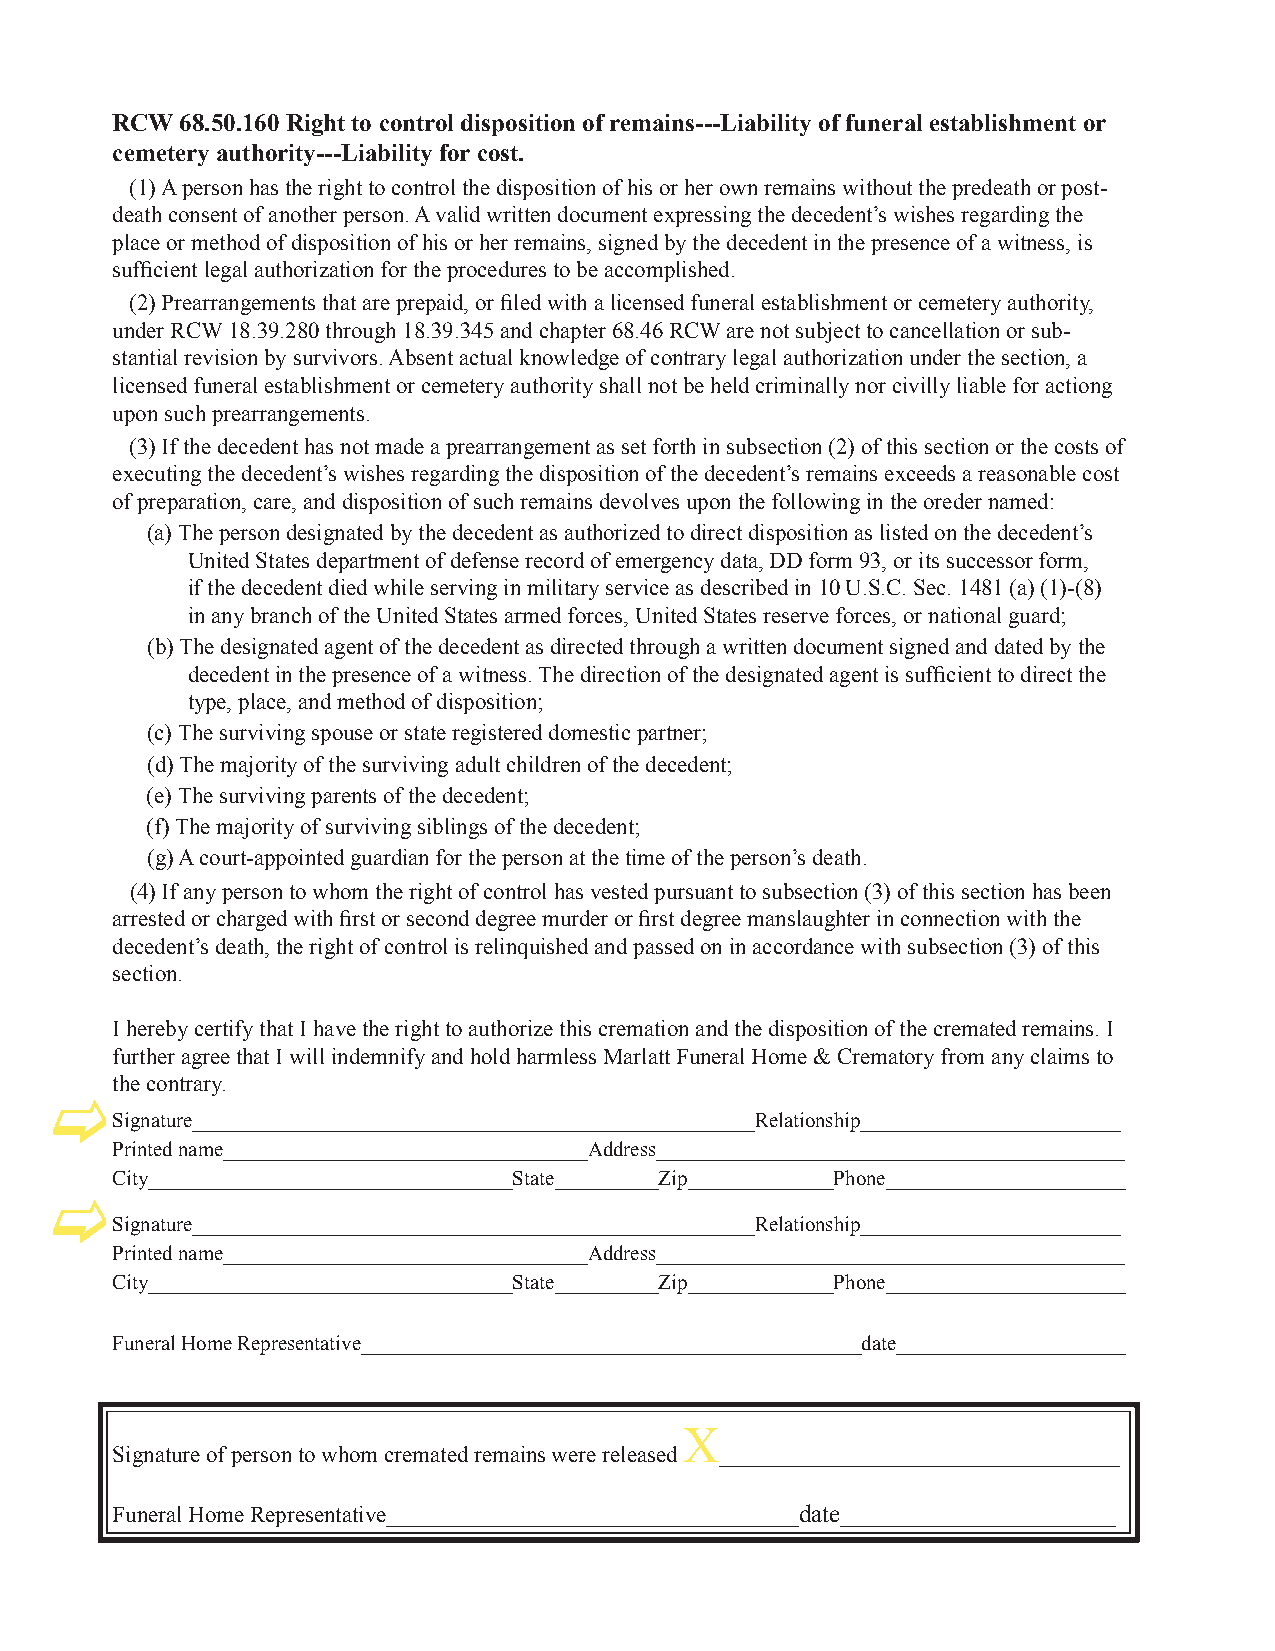
RCW  68.50.160 Right to control disposition of remains---Liability of funeral establishment or
 cemetery authority---Liability for cost.
 (1) A person has the right to control the disposition of his or her own remains without the predeath or post-
 death consent of another person. A valid written document expressing the decedent’s wishes regarding the
 place or method of disposition of his or her remains, signed by the decedent in the presence of a witness, is
 sufficient legal authorization for the procedures to be accomplished.
 (2) Prearrangements that are prepaid, or filed with a licensed funeral establishment or cemetery authority,
 under RCW 18.39.280 through 18.39.345 and chapter 68.46 RCW are not subject to cancellation or sub-
 stantial revision by survivors. Absent actual knowledge of contrary legal authorization under the section, a
 licensed funeral establishment or cemetery authority shall not be held criminally nor civilly liable for actiong
 upon such prearrangements.
 (3) If the decedent has not made a prearrangement as set forth in subsection (2) of this section or the costs of
 executing the decedent’s wishes regarding the disposition of the decedent’s remains exceeds a reasonable cost
 of preparation, care, and disposition of such remains devolves upon the following in the oreder named:
 (a) The person designated by the decedent as authorized to direct disposition as listed on the decedent’s
 United States department of defense record of emergency data, DD form 93, or its successor form,
 if the decedent died while serving in military service as described in 10 U.S.C. Sec. 1481 (a) (1)-(8)
 in any branch of the United States armed forces, United States reserve forces, or national guard;
 (b) The designated agent of the decedent as directed through a written document signed and dated by the
 decedent in the presence of a witness. The direction of the designated agent is sufficient to direct the
 type, place, and method of disposition;
 (c) The surviving spouse or state registered domestic partner;
 (d) The majority of the surviving adult children of the decedent;
 (e) The surviving parents of the decedent;
 (f) The majority of surviving siblings of the decedent;
 (g) A court-appointed guardian for the person at the time of the person’s death.
 (4) If any person to whom the right of control has vested pursuant to subsection (3) of this section has been
 arrested or charged with first or second degree murder or first degree manslaughter in connection with the
 decedent’s death, the right of control is relinquished and passed on in accordance with subsection (3) of this
 section.
 I hereby certify that I have the right to authorize this cremation and the disposition of the cremated remains. I
 further agree that I will indemnify and hold harmless Marlatt Funeral Home & Crematory from any claims to
 the contrary.
 c
 Signature______________________________________________________Relationship_________________________
 Printed name___________________________________Address_____________________________________________
 City___________________________________State__________Zip______________Phone_______________________
 c
 Signature______________________________________________________Relationship_________________________
 Printed name___________________________________Address_____________________________________________
 City___________________________________State__________Zip______________Phone_______________________
 Funeral Home Representative________________________________________________date______________________
 X
 Signature of person to whom cremated remains were released ________________________________
 Funeral Home Representative_________________________________date______________________